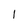
Character: 1